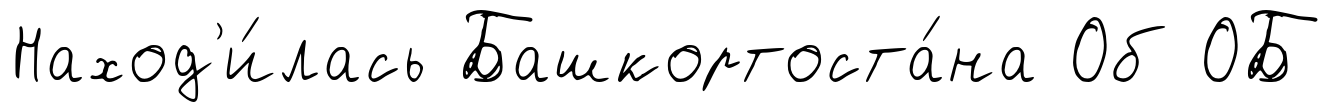
Наход'и́лась Башкортоста́на Об ОБ